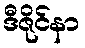
ဒီဇိုင်နာ